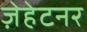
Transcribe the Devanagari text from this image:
ज़ेहेटनर